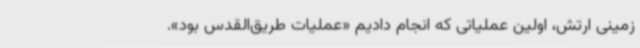
زمینی ارتش، اولین عملیاتی که انجام دادیم «عملیات طریق‌القدس بود».